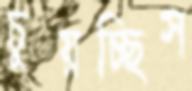
চুয়চ্ছিস